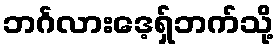
ဘင်္ဂလားဒေ့ရှ်ဘက်သို့